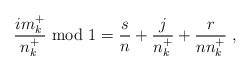
\begin{align*}\frac{i m_k^+}{n_k^+} {\rm ~mod~} 1 = \frac{s}{n} + \frac{j}{n_k^+} + \frac{r}{n n_k^+} \;,\end{align*}